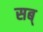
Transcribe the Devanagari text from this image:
सब्